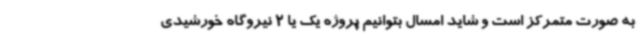
به صورت متمرکز است و شاید امسال بتوانیم پروژه یک یا 2 نیروگاه خورشیدی